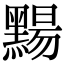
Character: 䵮